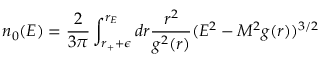
n _ { 0 } ( E ) = { \frac { 2 } { 3 \pi } } \int _ { r _ { + } + \epsilon } ^ { r _ { E } } d r { \frac { r ^ { 2 } } { g ^ { 2 } ( r ) } } ( E ^ { 2 } - M ^ { 2 } g ( r ) ) ^ { 3 / 2 }